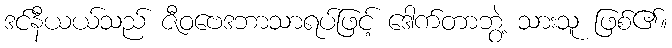
ဒင်နီယယ်သည် ဇီဝဗေဒဘာသာရပ်ဖြင့် ဒေါက်တာဘွဲ့ သားသူ ဖြစ်၏။